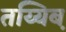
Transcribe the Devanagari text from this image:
तय्यिब़